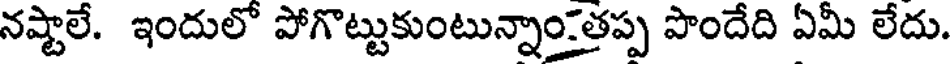
నష్టాలే. ఇందులో పోగొట్టుకుంటున్నాంతప్ప పొందేది ఏమీ లేదు.